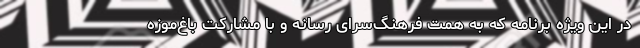
‌ در این ویژه برنامه که به همت فرهنگ‌سرای رسانه و با مشارکت باغ‌موزه